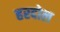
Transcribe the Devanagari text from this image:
हरदोल